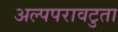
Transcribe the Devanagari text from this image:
अल्पपरावटुता